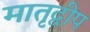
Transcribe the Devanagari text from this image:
मातृद्वीप